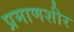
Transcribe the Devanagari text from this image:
प्रमाणशीर